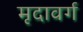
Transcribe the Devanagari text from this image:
मृदावर्ग